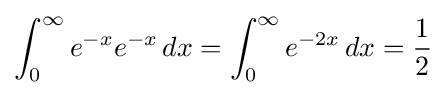
\int _{0}^{\infty }e^{-x}e^{-x}\,dx=\int _{0}^{\infty }e^{-2x}\,dx={\frac {1}{2}}